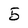
Character: 5